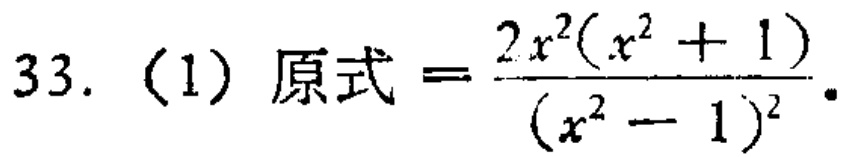
33. (1) 原式$=\frac{2x^{2}(x^{2}+1)}{(x^{2}-1)^{2}}$.